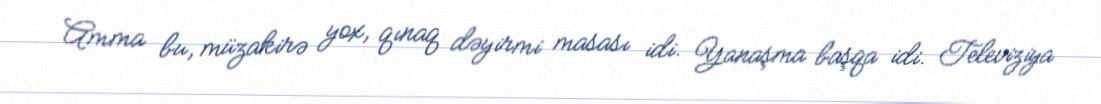
Amma bu, müzakirə yox, qınaq dəyirmi masası idi. Yanaşma başqa idi. Televiziya